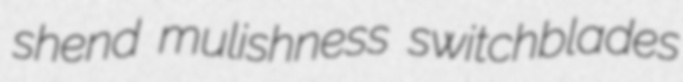
shend mulishness switchblades